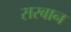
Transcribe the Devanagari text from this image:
सरबान